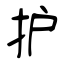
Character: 护